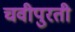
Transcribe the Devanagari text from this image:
चवीपुरती